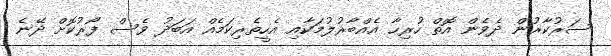
ސަރުކާރުން ދެވެން އޮތް ހުރިހާ އެއްބާރުލުމަކާއި އެހީތެރިކަމެއް އަބަދު ވެސް ފޯރުކޮށް ދޭނެ